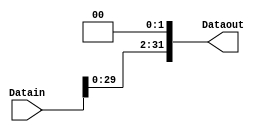
`timescale 1ns/1ns
module ShiftLeft2 (input [31:0] Datain,output [31:0] Dataout);
  assign Dataout = Datain << 2;  
endmodule